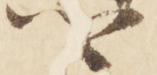
卿